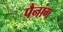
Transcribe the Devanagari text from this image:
पैनांग